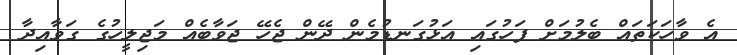
އެ ވާހަކަތައް ބެލުމަށް ފަހުގައި އަޅުގަނޑުމެން ދޭން ޖެހޭ ޖަވާބެއް މަޖިލީހުގެ ގަވާއިދާ